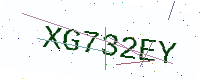
Text: XG732EY